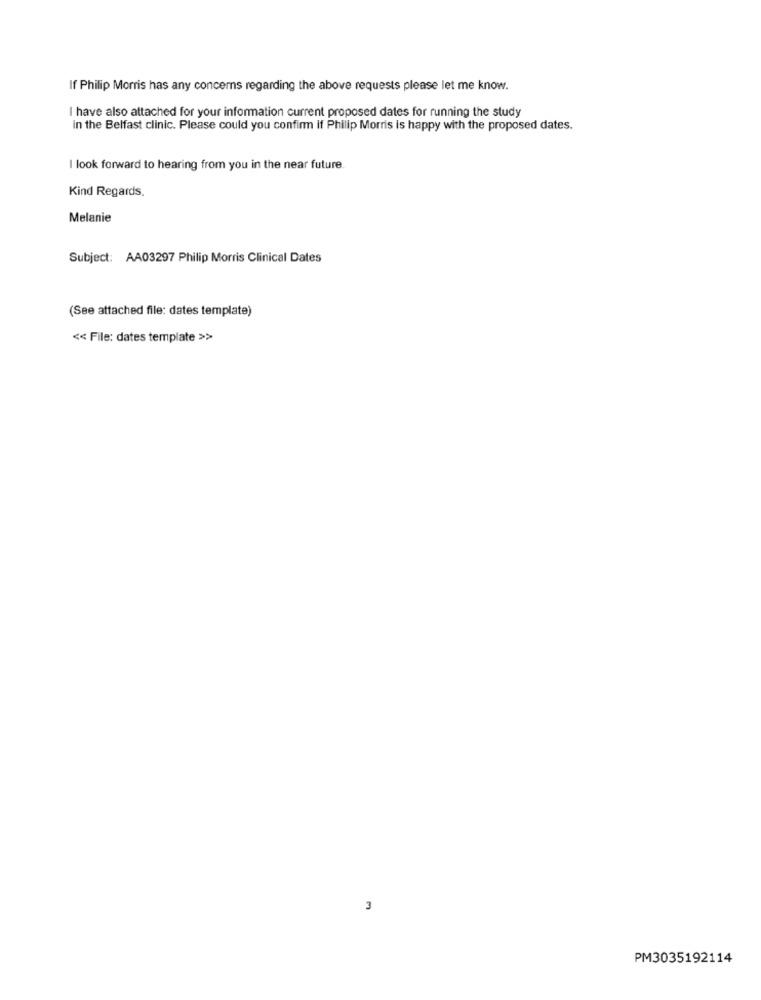
If Philip Morris has any concerns regarding the above requests please let me know.
I have also attached for your information current proposed dates for running the study
in the Belfast clinic. Please could you confirm if Philip Morris is happy with the proposed dates.
I look forward to hearing from you in the near future.
Kind Regards,
Melanie
Subject: AA03297 Philip Morris Clinical Dates
(See attached file: dates template)
<< File: dates template >>
3
PM3035192114